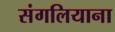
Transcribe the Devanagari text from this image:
संगलियाना